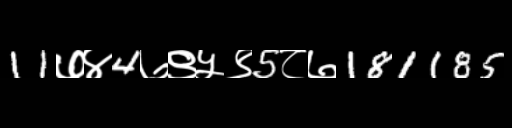
Text: 11७४4७९५९5८७181185